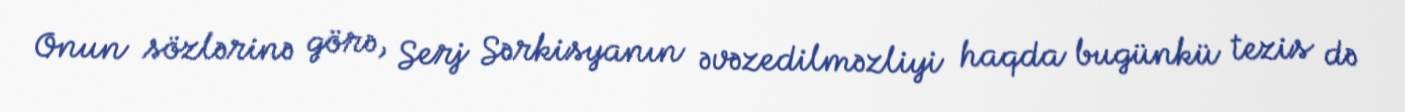
Onun sözlərinə görə, Serj Sərkisyanın əvəzedilməzliyi haqda bugünkü tezis də